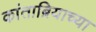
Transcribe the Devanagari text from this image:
कांताब्रियाच्या